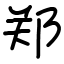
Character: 郑